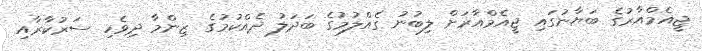
ޖީއެމްއާރުގެ ބަޔާނުގައި ޖީއެމްއާރަށް ލިބުނު ގެއްލުމުގެ ބަދަލު ދެއްކުމުގެ ޒިންމާ ދިވެހި ސަރުކާރާއި